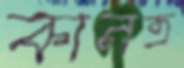
কানত